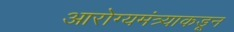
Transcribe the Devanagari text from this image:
आरोग्यमंत्र्याकडून